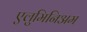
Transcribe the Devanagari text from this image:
एलुमिनिअम